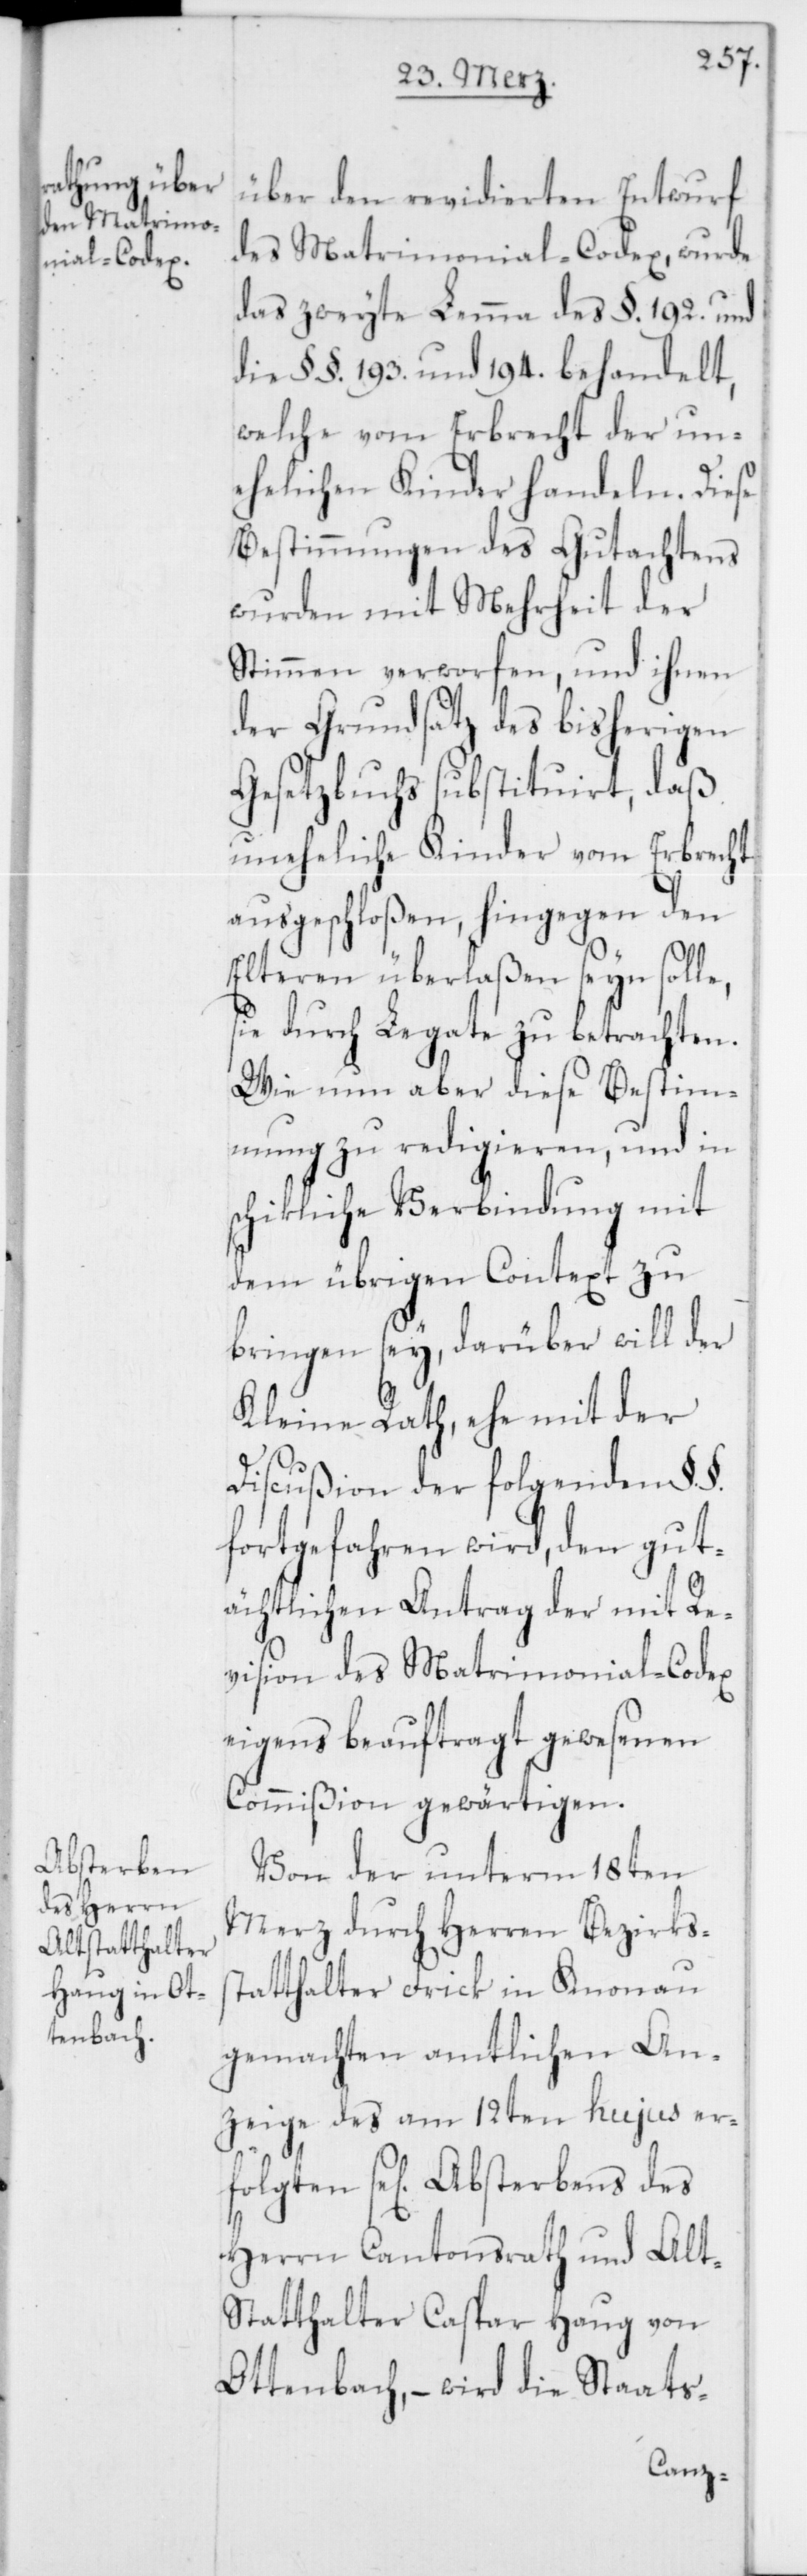
Absterbens

über den revidierten Entwurf
des Matrimonial-Codex, wurde
das zweyte Lemma des §. 192. und
die §. §. 193. und 194. behandelt,
welche vom Erbrecht der un¬
ehelichen Kinder handeln. Diese
Bestimmungen des Gutachtens
wurden mit Mehrheit der
Stimmen verworfen, und ihnen
der Grundsatz des bisherigen
Gesetzbuchs substituirt, daß
uneheliche Kinder vom Erbrecht
ausgeschloßen, hingegen den
Elteren überlaßen seyn solle,
sie durch Legate zu betrachten.
Wie nun aber diese Bestim¬
mung zu redigieren, und in
schikliche Verbindung mit
dem übrigen Context zu
bringen sey, darüber will der
Kleine Rath, ehe mit der
Discußion der folgenden §.
fortgefahren wird, den gut¬
ächtlichen Antrag der mit Re¬
vision des Matrimonial-Codex
eigens beauftragt gewesenen
Commißion gewärtigen.
Von der unterm 18ten
Merz durch Herren Bezirkss¬
tatthalter Frick in Knonau
gemachten amtlichen An¬
zeige des am 12ten hujus er¬
Herrn Cantonsrath und Alt-S¬
tatthalter Caspar Haug von
Ottenbach, – wird die Staats-